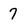
Character: 7